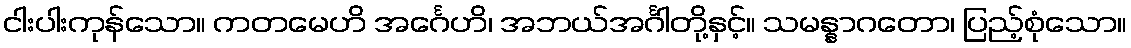
ငါးပါးကုန်သော။ ကတမေဟိ အင်္ဂေဟိ၊ အဘယ်အင်္ဂါတို့နှင့်။ သမန္နာဂတော၊ ပြည့်စုံသော။